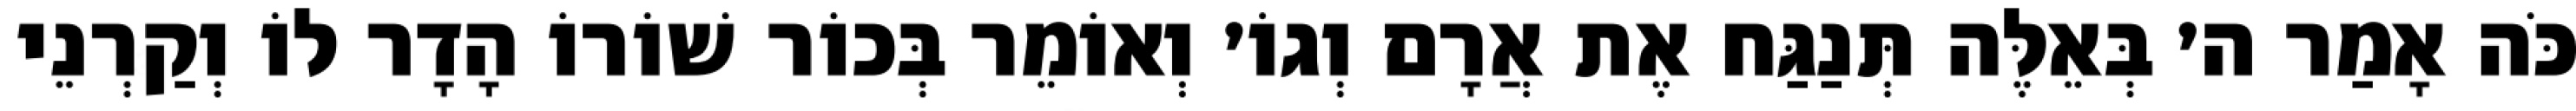
כֹּה אָמַר ה׳ בְּאֵלֶּה תְּנַגַּח אֶת אֲרָם וְגוֹ׳ וְאוֹמֵר בְּכוֹר שׁוֹרוֹ הָדָר לוֹ וְקַרְנֵי